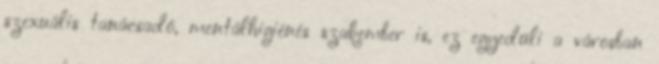
szexuális tanácsadó, mentálhigiénés szakember is, ez egyedüli a városban